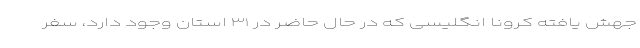
جهش یافته کرونا انگلیسی که در حال حاضر در ۳۱ استان وجود دارد، سفر